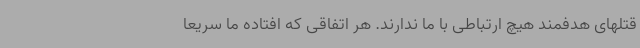
قتلهای هدفمند هیچ ارتباطی با ما ندارند. هر اتفاقی که افتاده ما سریعا